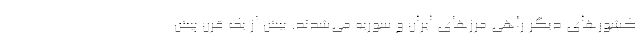
کشورهای دیگر راهی مرزهای ایران و سوریه می‌شدند. بیش از یک قرن پیش